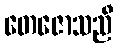
တေဇောသညီ